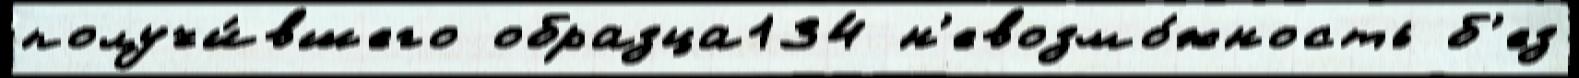
получи́вшего образца134 н'евозмо́жность б'ез